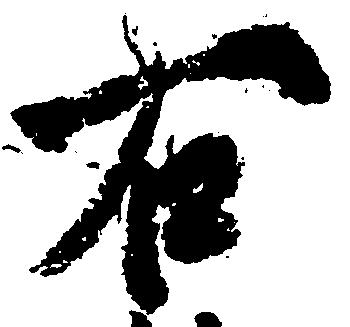
右